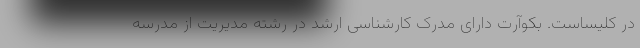
در کلیساست. بکوآرت دارای مدرک کارشناسی ارشد در رشته مدیریت از مدرسه